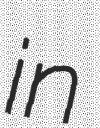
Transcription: in